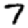
Digit: 7